system: You are a helpful assistant.
user:
Analyze the provided spectrum to determine if it is a **Carbon Star (C-type)**.

- **Key Visual Indicators of Carbon Star:**
    - **(Primary):** Strong molecular absorption from **C₂ (diatomic carbon) "Swan Bands."** This is the **defining feature** of a carbon star.
        - **(Key Bandheads):** Sharp absorption edges are visible at approximately $5635$ Å, $5165$ Å (the strongest band), and $4737$ Å.
        - **(Line Profile):** Creates a distinct **"saw-tooth"** pattern. The key morphology is a sharp, steep bandhead on the **red (long-wavelength) side**, which then gradually tapers off (i.e., flux recovers) towards the **blue (short-wavelength) side**. *(This is the direct opposite of the TiO bands seen in M-type stars)*.

    - **(Secondary):** Intense **CN (cyanogen)** molecular absorption bands.
        - **(Key Bandheads):** Located in the blue and violet regions of the spectrum (e.g., near $4215$ Å and $3883$ Å).
        - **(Morphology):** These bands are extremely broad and act as a "blanket," absorbing the vast majority of blue and violet light. This creates a characteristic **"cliff"** or **"steep drop-off"** in the spectrum's flux at short wavelengths.

    - **(Key Confirmation):** Strong **CH absorption band (G-band)**.
        - **(Key Bandhead):** Located around $4300$ Å. The contribution from CH molecules to this band is exceptionally strong.

    - **(Overall Spectrum):**
        - The continuum is severely "chopped up" by these deep molecular bands, especially C₂, rather than appearing as a smooth curve.
        - Due to the heavy CN and C₂ absorption in the blue-green, the vast majority of the star's flux is concentrated in the red part of the spectrum, giving the star its characteristic deep red color.

Think first, call **spectral_visualization_tool** if needed to examine features in detail, then provide your final answer. Your response must adhere to the following strict rules:
1.  **Overall Structure:** Your response must follow the format `<think>...</think> <tool_call>...</tool_call> (if a tool is used) <answer>...</answer>`.
2.  **Tool Usage Constraint:** You may only make **one** tool call per turn.
3.  **Final Answer Format:** In the `<answer>` tag, your conclusion must be inside a `\boxed{}` command (e.g., `\boxed{YES}`), followed by your justification.

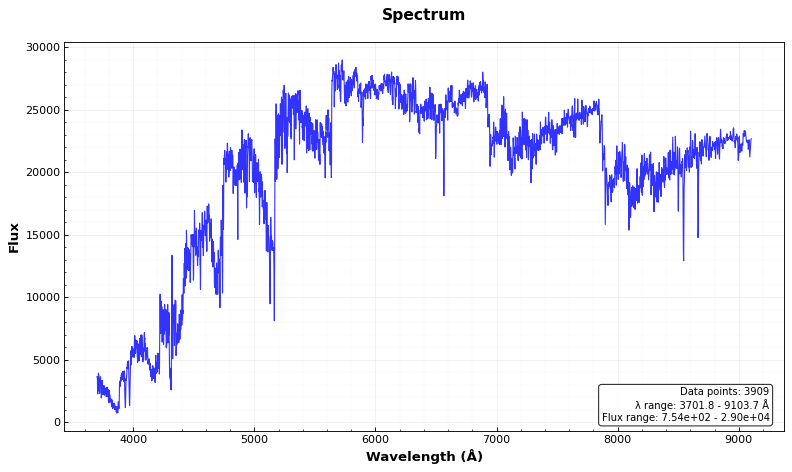
Answer: YES